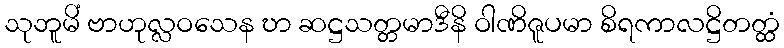
သုဘူမိံ ဗာဟုလ္လဝသေန ဎာ ဆဋ္ဌသတ္တမာဒီနိ ဝါဏိဇူပမာ စိရကာလဋ္ဌိတတ္ထံ